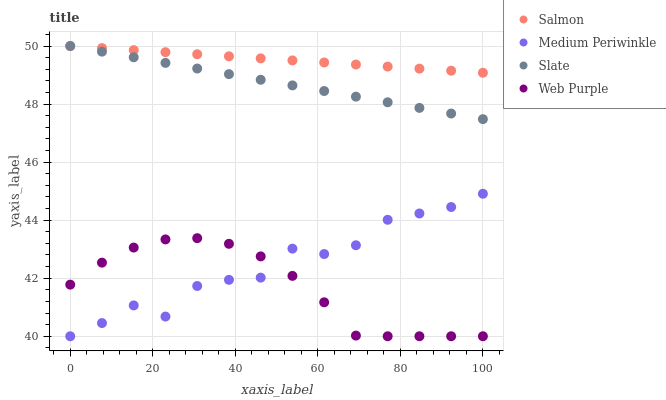
| xaxis_label | Salmon | Medium Periwinkle | Slate | Web Purple |
 | --- | --- | --- | --- | --- |
 | 0 | 50 | 40 | 50 | 41.8 |
 | 7.69 | 49.9 | 40.5 | 49.8 | 42.5 |
 | 15.4 | 49.9 | 41.1 | 49.6 | 43.1 |
 | 23.1 | 49.8 | 40.7 | 49.4 | 43.3 |
 | 30.8 | 49.7 | 41.7 | 49.2 | 43.4 |
 | 38.5 | 49.6 | 41.9 | 49 | 43.2 |
 | 46.2 | 49.6 | 42 | 48.8 | 42.8 |
 | 53.8 | 49.5 | 43 | 48.6 | 42.1 |
 | 61.5 | 49.4 | 42.8 | 48.4 | 41.2 |
 | 69.2 | 49.4 | 43.1 | 48.3 | 40 |
 | 76.9 | 49.3 | 44 | 48.1 | 40 |
 | 84.6 | 49.2 | 44.2 | 47.9 | 40 |
 | 92.3 | 49.1 | 44.5 | 47.7 | 40 |
 | 100 | 49.1 | 44.9 | 47.5 | 40 |